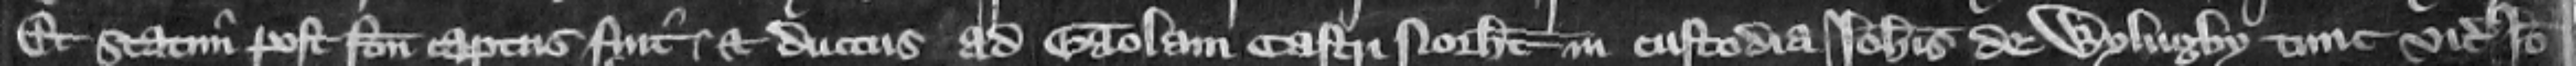
Et statim post factum captus fuit et ductus ad gaolam castri Northamton in custodia Iohannis de Wylugby tunc vicecomitis. Ideo